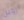
روبن